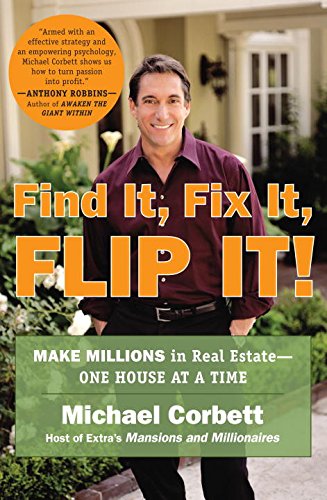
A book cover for Find It, Fix It, Flip It!: Make Millions in Real Estate--One House at a Time; Michael Corbett; Business & Money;